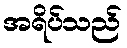
အရိပ်သည်